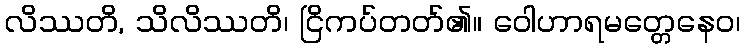
လိဿတိ, သိလိဿတိ၊ ငြိကပ်တတ်၏။ ဝေါဟာရမတ္တေနေဝ၊